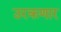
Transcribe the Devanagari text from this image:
उरकणार